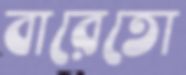
বারেতো